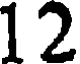
12